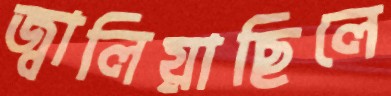
জ্বালিয়াছিলে